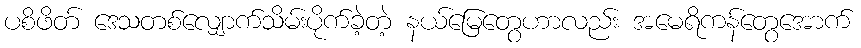
ပစိဖိတ် ဒေသတစ်လျှောက်သိမ်းပိုက်ခဲ့တဲ့ နယ်မြေတွေဟာလည်း အမေရိကန်တွေအောက်